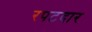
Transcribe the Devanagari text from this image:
रपटदार